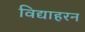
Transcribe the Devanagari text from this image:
विद्याहरन